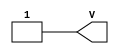
/*
 *  yosys -- Yosys Open SYnthesis Suite
 *
 *  Copyright (C) 2012  Clifford Wolf <clifford@clifford.at>
 *
 *  Permission to use, copy, modify, and/or distribute this software for any
 *  purpose with or without fee is hereby granted, provided that the above
 *  copyright notice and this permission notice appear in all copies.
 *
 *  THE SOFTWARE IS PROVIDED "AS IS" AND THE AUTHOR DISCLAIMS ALL WARRANTIES
 *  WITH REGARD TO THIS SOFTWARE INCLUDING ALL IMPLIED WARRANTIES OF
 *  MERCHANTABILITY AND FITNESS. IN NO EVENT SHALL THE AUTHOR BE LIABLE FOR
 *  ANY SPECIAL, DIRECT, INDIRECT, OR CONSEQUENTIAL DAMAGES OR ANY DAMAGES
 *  WHATSOEVER RESULTING FROM LOSS OF USE, DATA OR PROFITS, WHETHER IN AN
 *  ACTION OF CONTRACT, NEGLIGENCE OR OTHER TORTIOUS ACTION, ARISING OUT OF
 *  OR IN CONNECTION WITH THE USE OR PERFORMANCE OF THIS SOFTWARE.
 *
 */
module VCC (output V);
   assign V = 1'b1;
endmodule // VCC

module GND (output G);
   assign G = 1'b0;
endmodule // GND

/* Altera Cyclone 10 LP devices Input Buffer Primitive */
module cyclone10lp_io_ibuf
  (output o, input i, input ibar);
   assign ibar = ibar;
   assign o    = i;
endmodule // cyclone10lp_io_ibuf

/* Altera Cyclone 10 LP devices Output Buffer Primitive */
module cyclone10lp_io_obuf
  (output o, input i, input oe);
   assign o  = i;
   assign oe = oe;
endmodule // cyclone10lp_io_obuf

/* Altera Cyclone IV (E) 4-input non-fracturable LUT Primitive */
module cyclone10lp_lcell_comb
  (output combout, cout,
   input dataa, datab, datac, datad, cin);

   /* Internal parameters which define the behaviour
    of the LUT primitive.
    lut_mask define the lut function, can be expressed in 16-digit bin or hex.
    sum_lutc_input define the type of LUT (combinational | arithmetic).
    dont_touch for retiming || carry options.
    lpm_type for WYSIWYG */

   parameter lut_mask   = 16'hFFFF;
   parameter dont_touch = "off";
   parameter lpm_type   = "cyclone10lp_lcell_comb";
   parameter sum_lutc_input = "datac";

   reg [1:0]                        lut_type;
   reg                              cout_rt;
   reg                              combout_rt;
   wire                             dataa_w;
   wire                             datab_w;
   wire                             datac_w;
   wire                             datad_w;
   wire                             cin_w;

   assign dataa_w = dataa;
   assign datab_w = datab;
   assign datac_w = datac;
   assign datad_w = datad;

   function lut_data;
      input [15:0]                  mask;
      input                         dataa, datab, datac, datad;
      reg [7:0]                     s3;
      reg [3:0]                     s2;
      reg [1:0]                     s1;
      begin
         s3 = datad ? mask[15:8] : mask[7:0];
         s2 = datac ?   s3[7:4]  :   s3[3:0];
         s1 = datab ?   s2[3:2]  :   s2[1:0];
         lut_data = dataa ? s1[1] : s1[0];
      end

   endfunction

   initial begin
      if (sum_lutc_input == "datac") lut_type = 0;
      else
        if (sum_lutc_input == "cin")   lut_type = 1;
        else begin
           $error("Error in sum_lutc_input. Parameter %s is not a valid value.\n", sum_lutc_input);
           $finish();
        end
   end

   always @(dataa_w or datab_w or datac_w or datad_w or cin_w) begin
      if (lut_type == 0) begin // logic function
         combout_rt = lut_data(lut_mask, dataa_w, datab_w,
                               datac_w, datad_w);
      end
      else if (lut_type == 1) begin // arithmetic function
         combout_rt = lut_data(lut_mask, dataa_w, datab_w,
                               cin_w, datad_w);
      end
      cout_rt = lut_data(lut_mask, dataa_w, datab_w, cin_w, 'b0);
   end

   assign combout = combout_rt & 1'b1;
   assign cout = cout_rt & 1'b1;

endmodule // cyclone10lp_lcell_comb

/* Altera D Flip-Flop Primitive */
module dffeas
  (output q,
   input d, clk, clrn, prn, ena,
   input asdata, aload, sclr, sload);

   // Timing simulation is not covered
   parameter power_up="dontcare";
   parameter is_wysiwyg="false";

   reg   q_tmp;
   wire  reset;
   reg [7:0] debug_net;

   assign reset       = (prn && sclr && ~clrn && ena);
   assign q           = q_tmp & 1'b1;

   always @(posedge clk, posedge aload) begin
      if(reset)        q_tmp <= 0;
      else q_tmp <= d;
   end
   assign q = q_tmp;

endmodule // dffeas